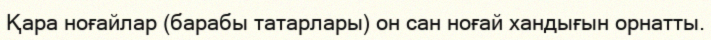
Қара ноғайлар (барабы татарлары) он сан ноғай хандығын орнатты.